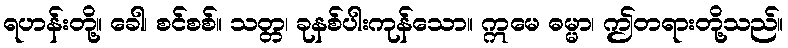
ရဟန်းတို့။ ခေါ၊ စင်စစ်။ သတ္တ၊ ခုနစ်ပါးကုန်သော။ ဣမေ ဓမ္မာ၊ ဤတရားတို့သည်။